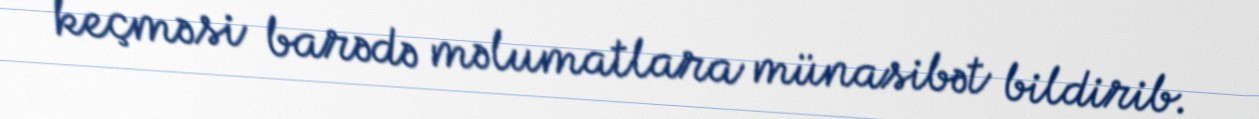
keçməsi barədə məlumatlara münasibət bildirib.